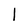
Character: l